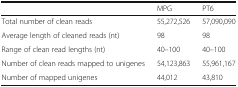
|  | MPG | PT6 |
 | --- | --- | --- |
 | Total number of clean reads | 55,272,526 | 57,090,090 |
 | Average length of cleaned reads (nt) | 98 | 98 |
 | Range of clean read lengths (nt) | 40–100 | 40–100 |
 | Number of clean reads mapped to unigenes | 54,123,863 | 55,961,167 |
 | Number of mapped unigenes | 44,012 | 43,810 |